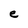
Character: e